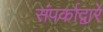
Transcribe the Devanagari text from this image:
संपर्काद्वारे